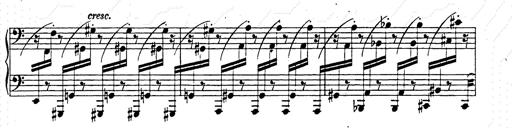
Title: Hungarian Rhapsody No.15
Composer: Franz Liszt
Key: A minor